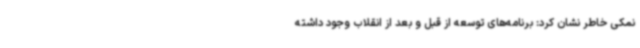
نمکی خاطر نشان کرد: برنامه‌های توسعه از قبل و بعد از انقلاب وجود داشته